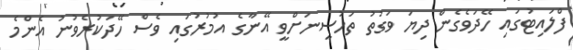
ފްލައިޓުގައި ހޭދަވެގެން ދިޔަ ވަގުތު ތަހުސީނަށްވީ އޭނާގެ އުމުރުގައި ވެސް ހޭދަކުރެވުނު އެންމެ